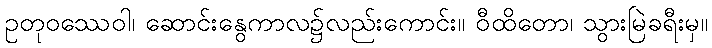
ဥတုဝဿေဝါ၊ ဆောင်းနွေကာလ၌လည်းကောင်း။ ဝီထိတော၊ သွားမြဲခရီးမှ။